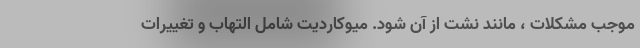
موجب مشکلات ، مانند نشت از آن شود. میوکاردیت شامل التهاب و تغییرات